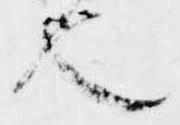
也